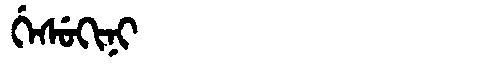
Manchu: ᡤᡝᠰᡠᡴᡳᠨᡳ
Romanization: GESUKINI